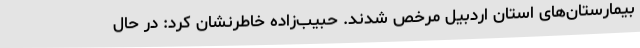
بیمارستان‌های استان اردبیل مرخص شدند. حبیب‌زاده خاطرنشان کرد: در حال